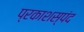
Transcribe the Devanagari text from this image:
प्रकाशस्पंद